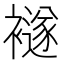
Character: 襚